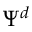
\Psi ^ { d }